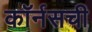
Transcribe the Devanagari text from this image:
कॉर्नसची